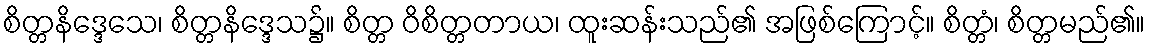
စိတ္တနိဒ္ဒေသေ၊ စိတ္တနိဒ္ဒေသ၌။ စိတ္တ ဝိစိတ္တတာယ၊ ထူးဆန်းသည်၏ အဖြစ်ကြောင့်။ စိတ္တံ၊ စိတ္တမည်၏။